Indian journal of veterinary science and animal husbandry - Volumes 26-27, 1956-1957
Year: 1956
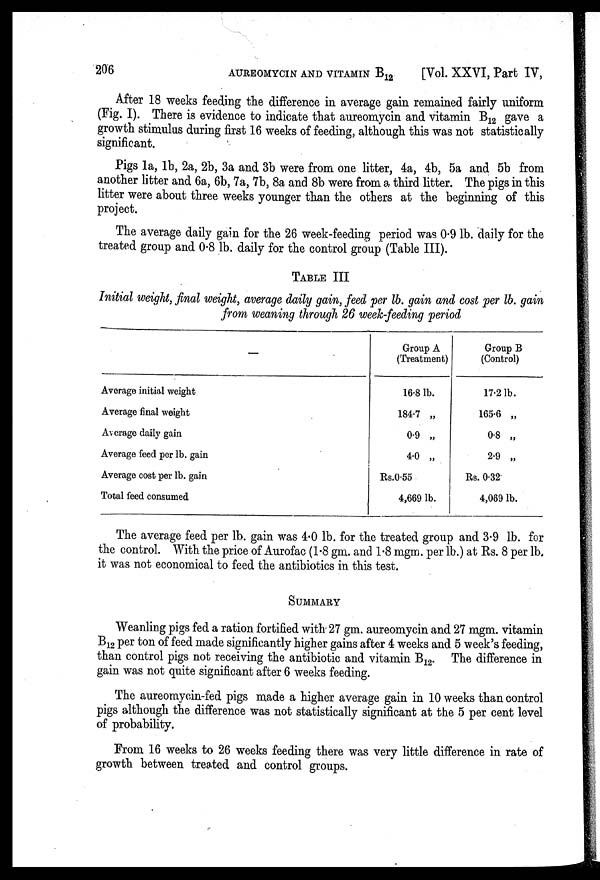
206
AUREOMYCIN AND VITAMIN B 12
[Vol. XXVI, Part IV,
After 18 weeks feeding the difference in average gain remained fairly uniform
(Fig. I). There is evidence to indicate that aureomycin and vitamin B 12 gave a
growth stimulus during first 16 weeks of feeding, although this was not statistically
significant.
Pigs 1a, 1b, 2a, 2b, 3a and 3b were from one litter, 4a, 4b, 5a and 5b from
another litter and 6a, 6b, 7a, 7b, 8a and 8b were from a third litter. The pigs in this
litter were about three weeks younger than the others at the beginning of this
project.
The average daily gain for the 26 week-feeding period was 0.9 lb. daily for the
treated group and 0.8 lb. daily for the control group (Table III).
TABLE III
Initial weight, final weight, average daily gain, feed per lb. gain and cost per lb. gain
from weaning through 26 week-feeding period
Average initial weight
Average final weight
Average daily gain
Average feed per lb. gain
Average cost per lb. gain
Total feed consumed
Group A
(Treatment)
16.8 lb.
184.7 „
0.9 „
4.0 „
Rs.0.55
4,669 lb.
Group B
(Control)
17.2 lb.
165.6 „
0.8 „
2.9 „
Rs. 0.32
4,069 lb.
The average feed per lb. gain was 4.0 lb. for the treated group and 3.9 lb. for
the control. With the price of Aurofac (1.8 gm. and 1.8 mgm. per lb.) at Rs. 8 per lb.
it was not economical to feed the antibiotics in this test.
SUMMARY
Weanling pigs fed a ration fortified with 27 gm. aureomycin and 27 mgm. vitamin
B 12 per ton of feed made significantly higher gains after 4 weeks and 5 week's feeding,
than control pigs not receiving the antibiotic and vitamin B 12 . The difference in
gain was not quite significant after 6 weeks feeding.
The aureomycin-fed pigs made a higher average gain in 10 weeks than control
pigs although the difference was not statistically significant at the 5 per cent level
of probability.
From 16 weeks to 26 weeks feeding there was very little difference in rate of
growth between treated and control groups.